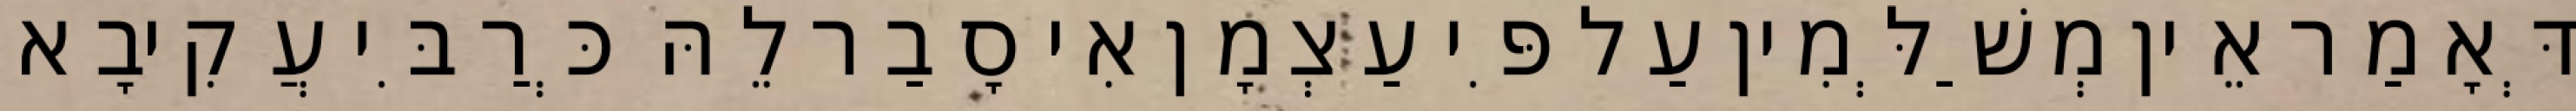
דְּאָמַר אֵין מְשַׁלְּמִין עַל פִּי עַצְמָן אִי סָבַר לֵהּ כְּרַבִּי עֲקִיבָא